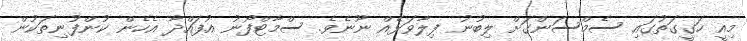
މިއީ ހަގީގަތުގައި ސެމްސަންގަށް ލިބުނު ފިލާވަޅެއް ނޫނެވެ. ސްމާޓްފޯނު އުފައްދާ އެހެން ކުންފުނިތަކުން